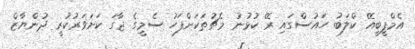
އެމްޕީބީއޭ ކްލަބު ހައުސްގައި ރޭ ކުޅުނު މެޗުތަކަށްފަހު ސެމީގެ ޖާގަ ކަށަވަރުކުރީ ދުންޔާޒް